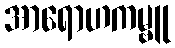
အာရောဟကမ္ဗူ